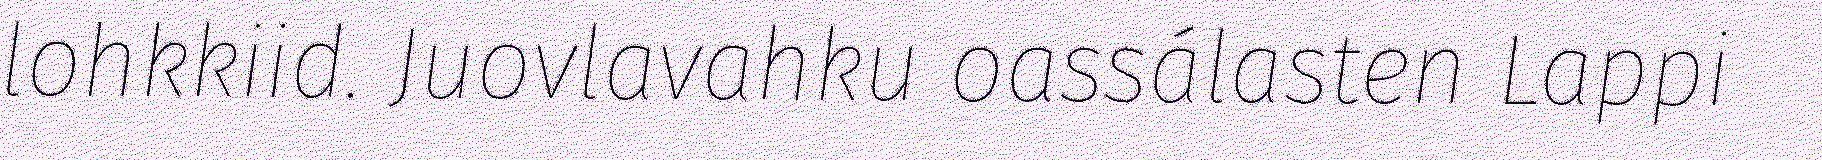
lohkkiid. Juovlavahku oassálasten Lappi